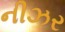
નીઝર